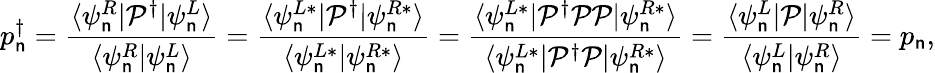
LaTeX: p_{\mathsf{n}}^{\dagger}=\frac{{\langle\psi_{\mathsf{n}}^{R}|\mathcal{{P}}^{\dagger}|\psi_{\mathsf{n}}^{L}\rangle}}{{\langle\psi_{\mathsf{n}}^{R}|\psi_{\mathsf{n}}^{L}\rangle}}=\frac{{\langle\psi_{\mathsf{n}}^{L*}|\mathcal{{P}}^{\dagger}|\psi_{\mathsf{n}}^{R*}\rangle}}{{\langle\psi_{\mathsf{n}}^{L*}|\psi_{\mathsf{n}}^{R*}\rangle}}=\frac{{\langle\psi_{\mathsf{n}}^{L*}|\mathcal{{P}}^{\dagger}\mathcal{{P}}\mathcal{{P}}|\psi_{\mathsf{n}}^{R*}\rangle}}{{\langle\psi_{\mathsf{n}}^{L*}|\mathcal{{P}}^{\dagger}\mathcal{{P}}|\psi_{\mathsf{n}}^{R*}\rangle}}=\frac{{\langle\psi_{\mathsf{n}}^{L}|\mathcal{{P}}|\psi_{\mathsf{n}}^{R}\rangle}}{{\langle\psi_{\mathsf{n}}^{L}|\psi_{\mathsf{n}}^{R}\rangle}}=p_{\mathsf{n}},